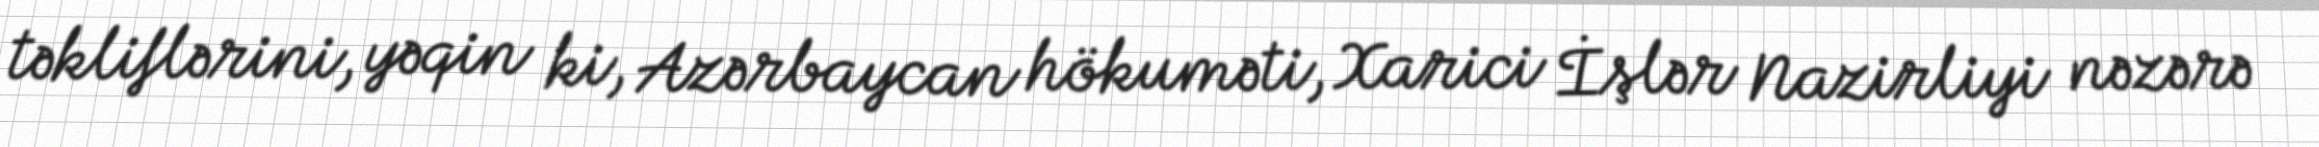
təkliflərini, yəqin ki, Azərbaycan hökuməti, Xarici İşlər Nazirliyi nəzərə